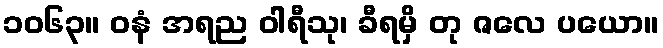
၁၀၆၃။ ဝနံ အရည ဝါရီသု၊ ခီရမှိ တု ဇလေ ပယော။